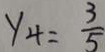
y _ { 4 } = \frac { 3 } { 5 }